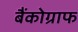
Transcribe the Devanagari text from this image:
बैंकोग्राफ